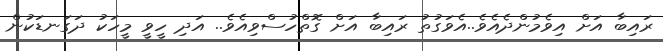
ރައިބާ އަށް އިވެމުންދެއެވެ..އެވަގުތު ރައިބާ އަށް ގޮތްހުސްވިއެވެ.. އަދި ހީވީ މީހަކު ދަގަނޑަކުން